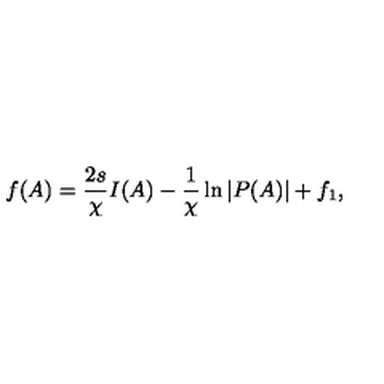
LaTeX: f ( A ) = \frac { 2 s } { \chi } I ( A ) - \frac { 1 } { \chi } \ln { | P ( A ) | } + f _ { 1 } ,